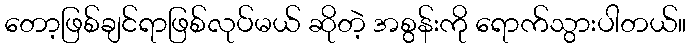
တော့ဖြစ်ချင်ရာဖြစ်လုပ်မယ် ဆိုတဲ့ အစွန်းကို ရောက်သွားပါတယ်။